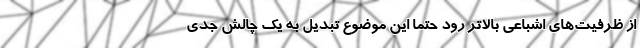
از ظرفیت‌های اشباعی بالاتر رود حتما این موضوع تبدیل به یک چالش جدی